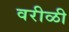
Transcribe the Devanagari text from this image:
वरीळी